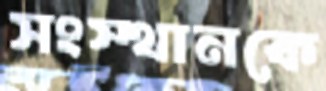
সংস্থানকে